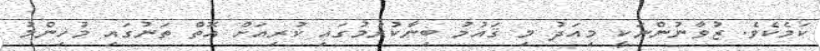
ކަމެކެވެ. ޒުވާނުންނަކީ މިއަދު މި ޤައުމު ބިނާކުރުމުގައި ކުރިއަށް އޮތް ތަނުގައި މުހިންމު